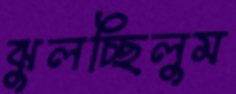
ঝুলচ্ছিলুম